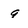
Character: 9